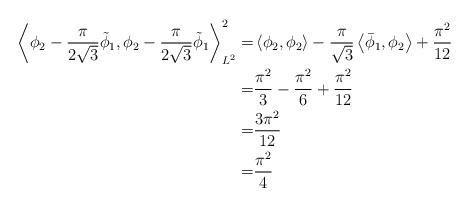
LaTeX: \begin{align*}\left<\phi_{2}-\frac{\pi}{2\sqrt{3}}\tilde{\phi}_{1} ,\phi_{2}-\frac{\pi}{2\sqrt{3}}\tilde{\phi}_{1} \right>_{L^{2}}^{2}=& \left<\phi_{2},\phi_{2}\right>-\frac{\pi}{\sqrt{3}}\left<\bar{\phi}_{1} ,\phi_{2} \right>+\frac{\pi^2}{12}\\=&\frac{\pi^{2}}{3}-\frac{\pi^{2}}{6}+\frac{\pi^2}{12}\\=&\frac{3\pi^{2}}{12}\\=&\frac{\pi^{2}}{4}\end{align*}